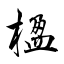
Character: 楹